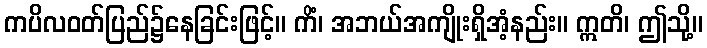
ကပိလဝတ်ပြည်၌နေခြင်းဖြင့်။ ကိံ၊ အဘယ်အကျိုးရှိအံ့နည်း။ ဣတိ၊ ဤသို့။